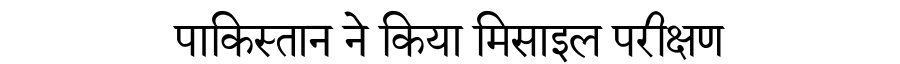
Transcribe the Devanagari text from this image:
पाकिस्तान ने किया मिसाइल परीक्षण